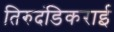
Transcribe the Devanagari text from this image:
तिरुदंडिकराई